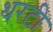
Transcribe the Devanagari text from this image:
थरटी